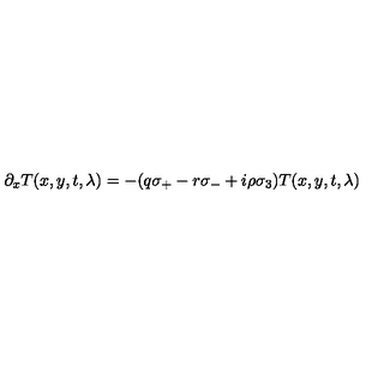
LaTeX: \partial _ { x } T ( x , y , t , \lambda ) = - ( q \sigma _ { + } - r \sigma _ { - } + i \rho \sigma _ { 3 } ) T ( x , y , t , \lambda )